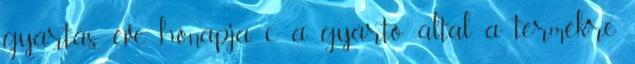
gyártás éve, hónapja, c a gyártó által a termékre